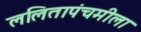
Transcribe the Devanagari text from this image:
ललितापंचमीला